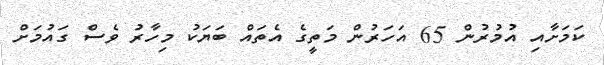
ކަމަށާއި އުމުރުން 65 އަހަރުން މަތީގެ އެތައް ބަޔަކު މިހާރު ވެސް ގައުމަށް